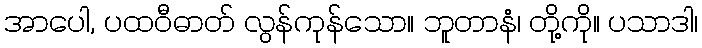
အာပေါ, ပထဝီဓာတ် လွန်ကုန်သော။ ဘူတာနံ၊ တို့ကို။ ပသာဒါ၊